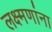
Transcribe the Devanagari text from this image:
लक्ष्मणांना